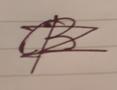
Signature authenticity: forged